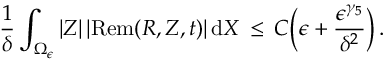
\frac { 1 } { \delta } \int _ { \Omega _ { \epsilon } } | Z | \, | \mathrm { R e m } ( R , Z , t ) | \, \mathrm { d } X \, \le \, C \Bigl ( \epsilon + \frac { \epsilon ^ { \gamma _ { 5 } } } { \delta ^ { 2 } } \Bigr ) \, .